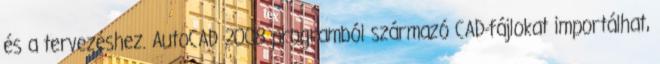
és a tervezéshez. AutoCAD 2008 programból származó CAD-fájlokat importálhat,